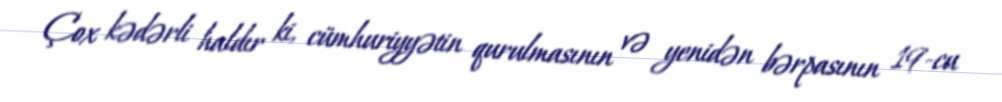
Çox kədərli haldır ki, cümhuriyyətin qurulmasının və yenidən bərpasının 19-cu